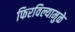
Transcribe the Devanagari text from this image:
फिरविल्यामुळे